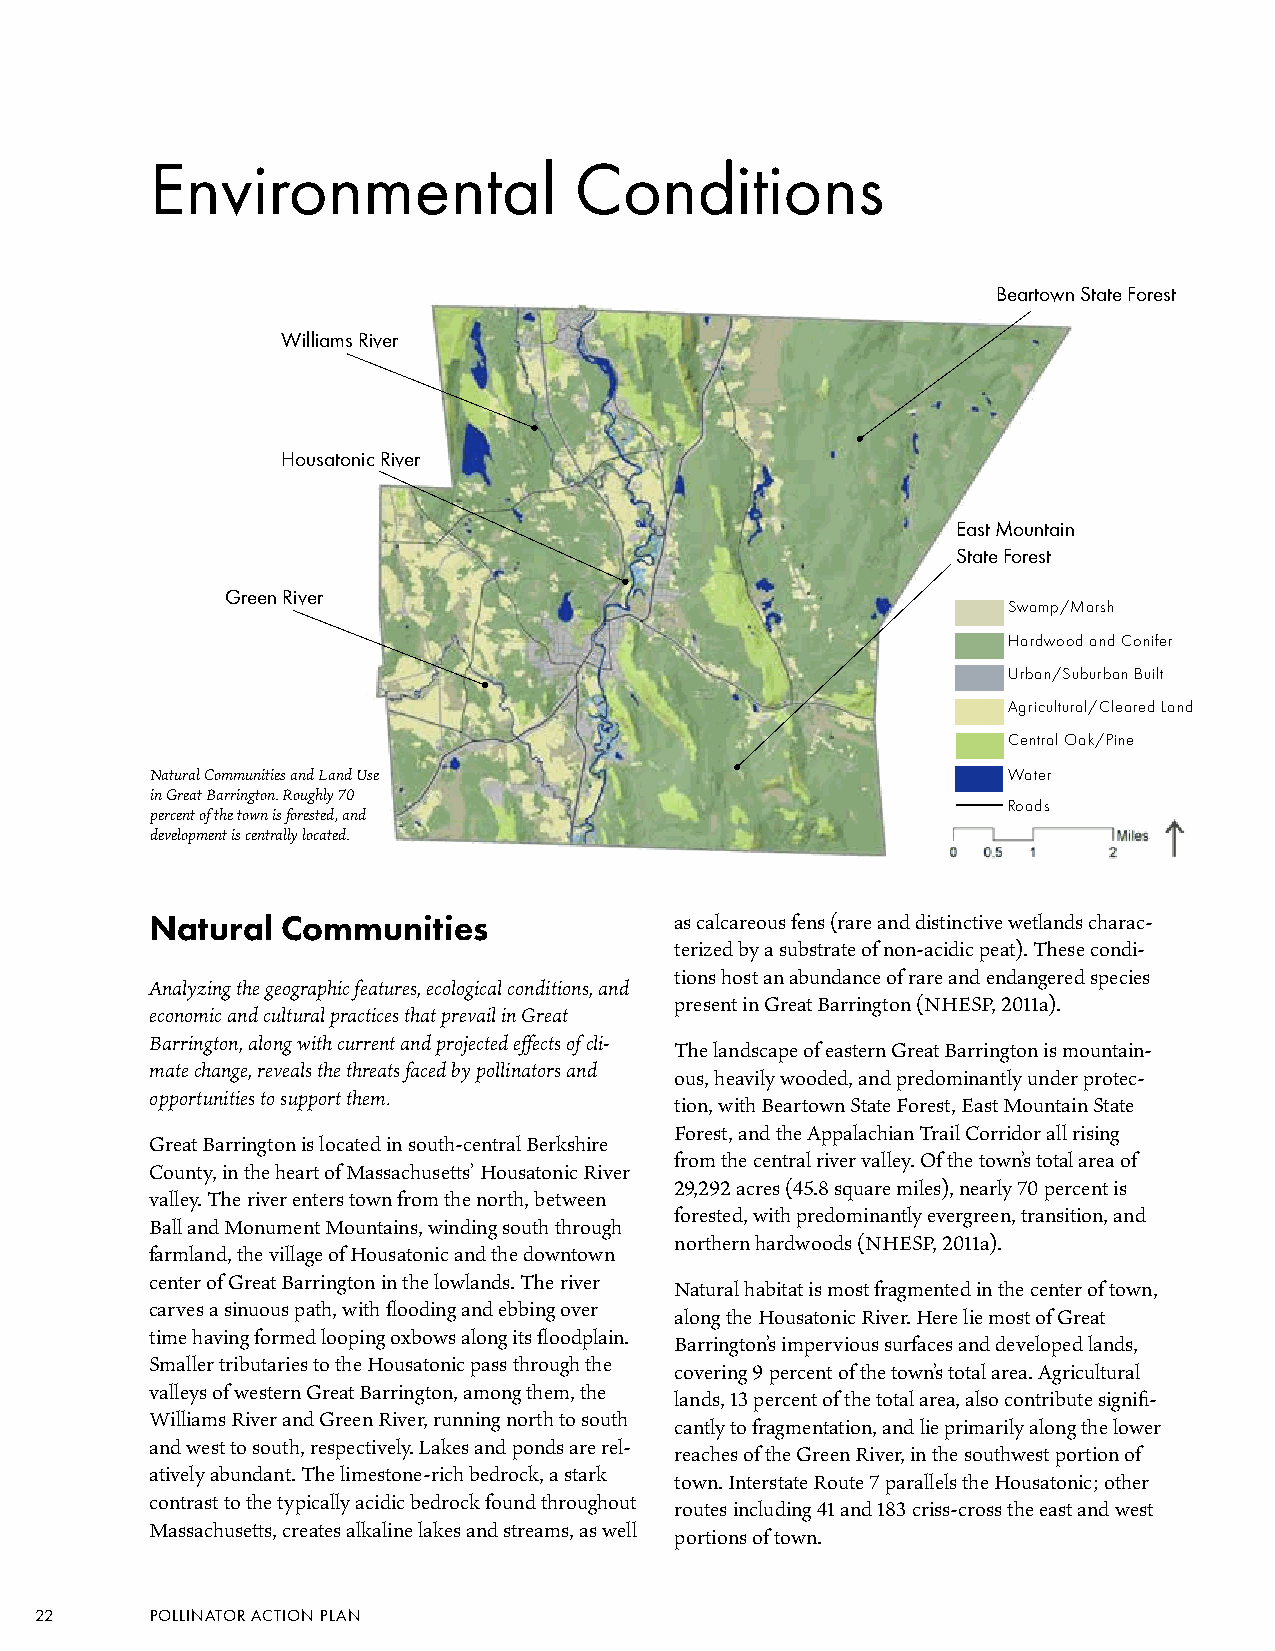
Environmental               Conditions
 Beartown State Forest
 Williams River
 Housatonic River
 East Mountain
 State Forest
 Green River
 Swamp/Marsh
 Hardwood and Conifer
 Urban/Suburban Built
 Agricultural/Cleared Land
 Central Oak/Pine
 Natural Communities and Land Use                         Water
 in Great Barrington. Roughly 70
 Roads
 percent of the town is forested, and
 development is centrally located.
 Natural  Communities               as calcareous fens (rare and distinctive wetlands charac-
 terized by a substrate of non-acidic peat). These condi-
 tions host an abundance of rare and endangered species
 Analyzing the geographic features, ecological conditions, and
 present in Great Barrington (NHESP, 2011a).
 economic and cultural practices that prevail in Great
 Barrington, along with current and projected effects of cli-
 The landscape of eastern Great Barrington is mountain-
 mate change, reveals the threats faced by pollinators and
 ous, heavily wooded, and predominantly under protec-
 opportunities to support them.
 tion, with Beartown State Forest, East Mountain State
 Forest, and the Appalachian Trail Corridor all rising
 Great Barrington is located in south-central Berkshire
 from the central river valley. Of the town’s total area of
 County, in the heart of Massachusetts’ Housatonic River
 29,292 acres (45.8 square miles), nearly 70 percent is
 valley. The river enters town from the north, between
 forested, with predominantly evergreen, transition, and
 Ball and Monument Mountains, winding south through
 northern hardwoods (NHESP, 2011a).
 farmland, the village of Housatonic and the downtown
 center of Great Barrington in the lowlands. The river
 Natural habitat is most fragmented in the center of town,
 carves a sinuous path, with flooding and ebbing over
 along the Housatonic River. Here lie most of Great
 time having formed looping oxbows along its floodplain.
 Barrington’s impervious surfaces and developed lands,
 Smaller tributaries to the Housatonic pass through the
 covering 9 percent of the town’s total area. Agricultural
 valleys of western Great Barrington, among them, the
 lands, 13 percent of the total area, also contribute signifi-
 Williams River and Green River, running north to south
 cantly to fragmentation, and lie primarily along the lower
 and west to south, respectively. Lakes and ponds are rel-
 reaches of the Green River, in the southwest portion of
 atively abundant. The limestone-rich bedrock, a stark
 town. Interstate Route 7 parallels the Housatonic; other
 contrast to the typically acidic bedrock found throughout
 routes including 41 and 183 criss-cross the east and west
 Massachusetts, creates alkaline lakes and streams, as well
 portions of town.
 22      POLLINATOR ACTION PLAN